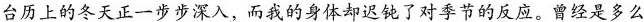
台历上的冬天正一步步深入，而我的身体却迟钝了对季节的反应。曾经是多么